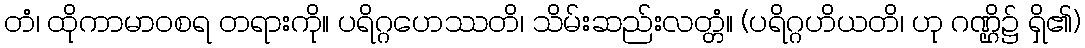
တံ၊ ထိုကာမာဝစရ တရားကို။ ပရိဂ္ဂဟေဿတိ၊ သိမ်းဆည်းလတ္တံ။ (ပရိဂ္ဂဟိယတိ၊ ဟု ဂဏ္ဌိ၌ ရှိ၏)